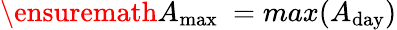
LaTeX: \ensuremath{A_{\mathrm{max}}}\ =max(A_{\mathrm{day}})